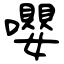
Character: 嚶